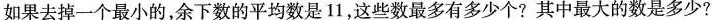
如果去掉一个最小的，余下数的平均数是 11，这些数最多有多少个? 其中最大的数是多少?